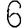
Digit: 6